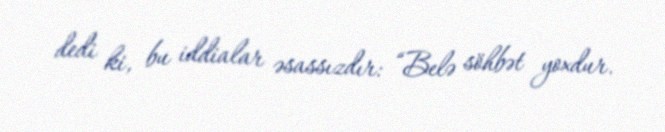
dedi ki, bu iddialar əsassızdır: “Belə söhbət yoxdur.